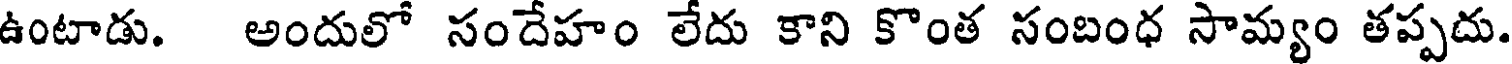
ఉంటాడు. అందులో సందేహం లేదు కాని కొంత సంబంధ సామ్యం తప్పదు